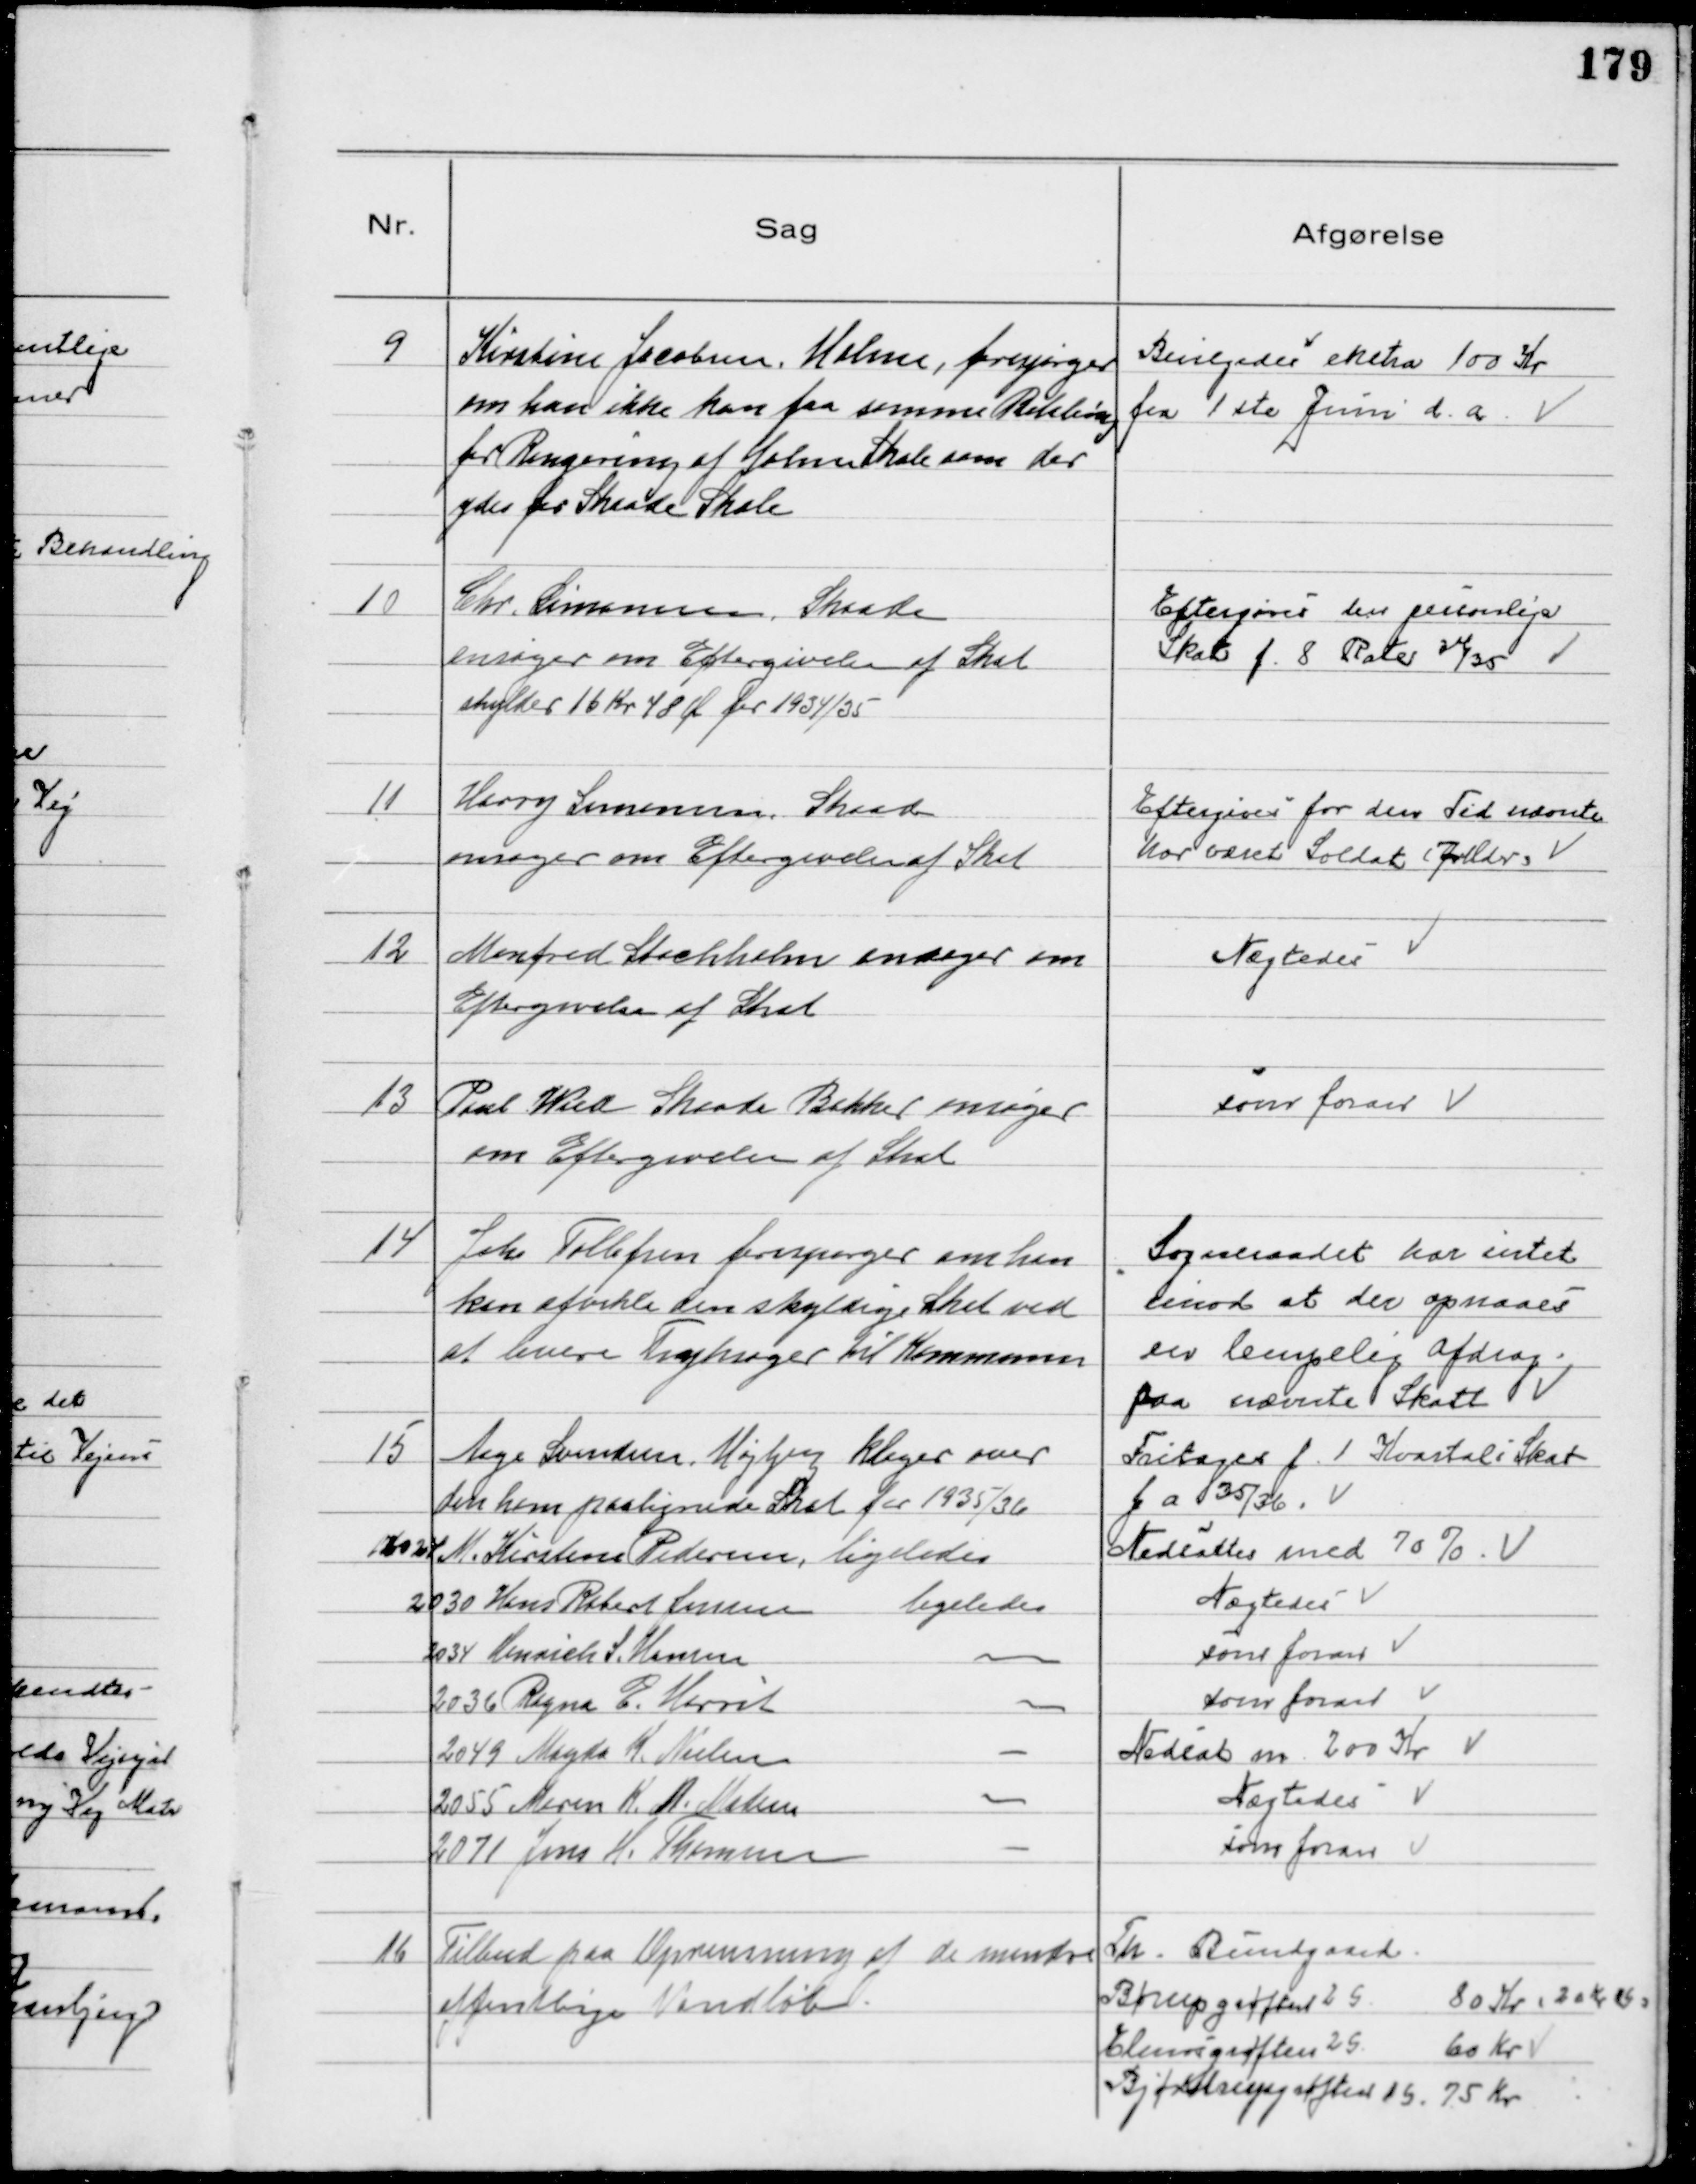
Transskription:
9
Kirstine Jacobsen, Holme, forespørger
om hun ikke kan faa samme Betaling
for Rengøring af Holme Skole som der
ydes for Skaade Skole

Bevilgedes ekstra 100 Kr
fra 1ste Juni d. a.

10
Chr. Simonsen, Skaade
ansøger om Eftergivelse af Skat
skylder 16 Kr 48 Ø for 1934/35

Eftergives den personlige
Skat f. 8 Rater 34/35

11
Harry Simonsen, Skaade
ansøger om Eftergivelse af Skat

Eftergives for den Tid nævnte
har været Soldat (7 Mdr)

12
Manfred Stochholm ansøger om
Eftergivelse af Skat

Nægtedes

13
Paul Wied Skaade Bakker ansøger
om Eftergivelse af Skat

som foran

14
Johs Tollefsen forespørger om han
kan afvikle den skyldige Skat ved
at levere Tryksager til Kommunen

Sogneraadet har intet
imod at der opnaaes
en lempelig Afdrag
paa nævnte Skatt

15
Aage Svendsen, Højbjerg klager over
den ham paalignede Skat for 1935/36
Fritages f. 1 Kvartal i Skat
f a 35/36
16024 M. Kirstine Pedersen, ligeledes
Nedsattes med 70%
2030 Hans Robert Jensen 
ligeledes
Nægtedes
2034 Henrich S. Hansen   
som foran
2036 Ragna E. Harrit   
som foran
2049 Magda K. Nielsen 
Nedsat m 200 Kr
2055 Maren K. A. Madsen 
Nægtedes
2071 Jens H. Thomsen 
som foran

16
Tilbud paa Oprensning af de mindre
offentlige Vandløb

Th. Bundgaard
Børupgrøften 25 
 80 Kr (20 Kr )
Elmosegrøften 25
60 Kr
Bjødstrupgrøften 15 75 Kr